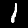
Label: 1